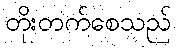
တိုးတက်စေသည်